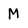
Character: M